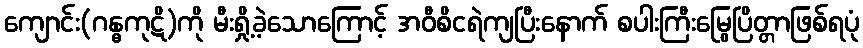
ကျောင်း(ဂန္ဓကုဋိ)ကို မီးရှို့ခဲ့သောကြောင့် အဝီစိငရဲကျပြီးနောက် စပါးကြီးမြွေပြိတ္တာဖြစ်ရပုံ